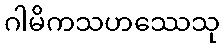
ဂါမိကသဟဿေသု